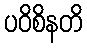
ပဝိစိနတိ